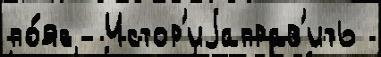
по́яс  Истор'иjаправ'ить